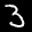
Label: 3